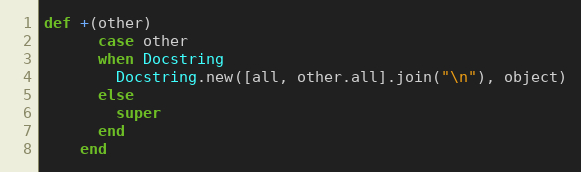
Language: Ruby
def +(other)
      case other
      when Docstring
        Docstring.new([all, other.all].join("\n"), object)
      else
        super
      end
    end